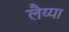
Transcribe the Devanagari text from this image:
लैय्या